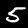
Label: 5